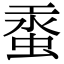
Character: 𧋔